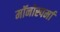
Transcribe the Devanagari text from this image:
मॉनोस्पर्मा